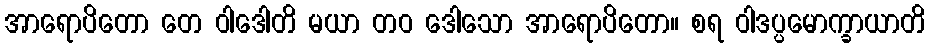
အာရောပိတော တေ ဝါဒေါတိ မယာ တဝ ဒေါသော အာရောပိတော။ စရ ဝါဒပ္ပမောက္ခာယာတိ